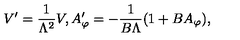
V ^ { \prime } = \frac { 1 } { \Lambda ^ { 2 } } V , A _ { \varphi } ^ { \prime } = - \frac { 1 } { B \Lambda } ( 1 + B A _ { \varphi } ) ,